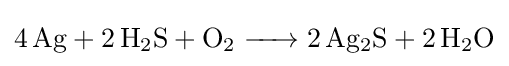
{\ce {4Ag + 2H2S + O2 -> 2Ag2S + 2H2O}}